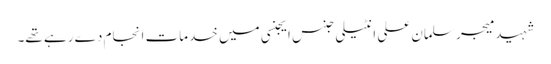
شہید میجر سلمان علی انٹیلی جنس ایجنسی میں خدمات انجام دے رہے تھے۔